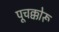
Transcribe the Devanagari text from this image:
पूचक्कोरू